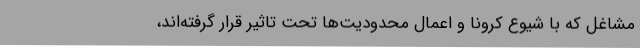
مشاغل که با شیوع کرونا و اعمال محدودیت‌ها تحت تاثیر قرار گرفته‌اند،